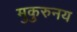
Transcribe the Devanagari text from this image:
मुकुरुनय